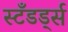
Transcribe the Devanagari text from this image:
स्टँडर्ड्स